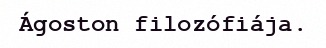
Ágoston filozófiája.